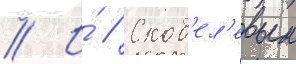
// И́ // Скоб'ел'евым